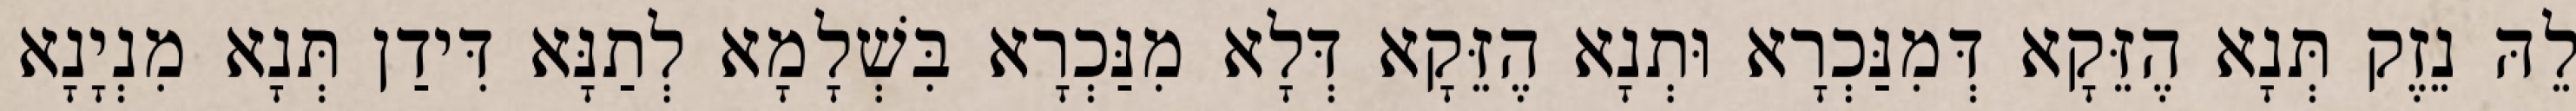
לֵהּ נֵזֶק תְּנָא הֶזֵּקָא דְּמִנַּכְרָא וּתְנָא הֶזֵּקָא דְּלָא מִנַּכְרָא בִּשְׁלָמָא לְתַנָּא דִּידַן תְּנָא מִנְיָנָא